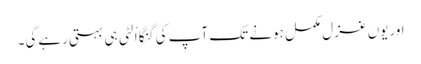
اوریوں غزل مکمل ہونے تک آپ کی گنگا اُلٹی ہی بہتی رہےگی۔